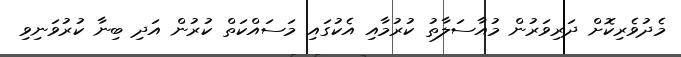
މެދުވެރިކޮށް ދަރިވަރުން މުއާސަލާތު ކުރުމާއި އެކުގައި މަސައްކަތް ކުރުން އަދި ބިނާ ކުރުވަނިވި